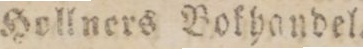
Hollners Bokhandel.